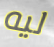
ليه